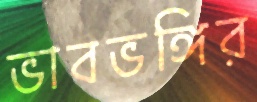
ভাবভঙ্গির